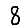
Digit: 8